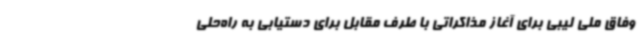
وفاق ملی لیبی برای آغاز مذاکراتی با طرف مقابل برای دستیابی به راه‌حلی